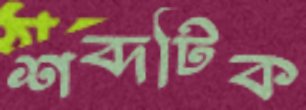
শব্দটিক